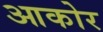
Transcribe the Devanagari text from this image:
आकोर